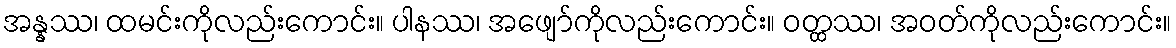
အန္နဿ၊ ထမင်းကိုလည်းကောင်း။ ပါနဿ၊ အဖျော်ကိုလည်းကောင်း။ ဝတ္ထဿ၊ အဝတ်ကိုလည်းကောင်း။